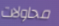
محاولات